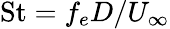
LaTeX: \mathrm{St}=f_{e}D/U_{\infty}